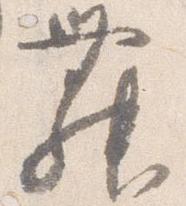
舞